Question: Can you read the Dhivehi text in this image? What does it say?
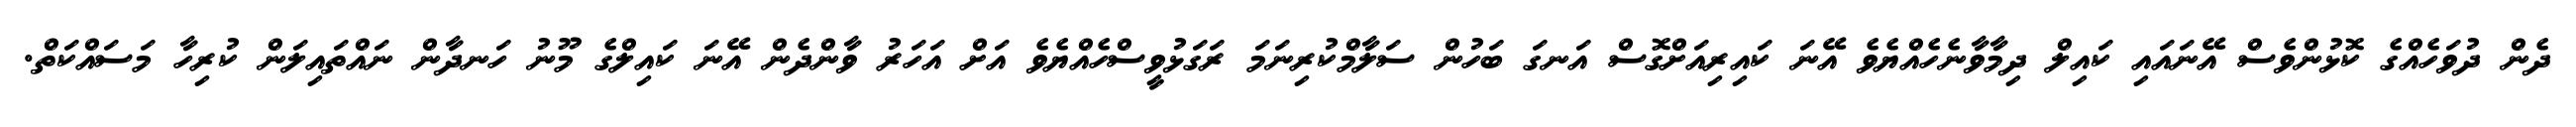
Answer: ދެން ދުވަހެއްގެ ކޮޅުންވެސް އޭނައައި ކައިލް ދިމާވާނެހެއްޔެވެ އޭނަ ކައިރިއަށްގޮސް އަނގަ ބަހުން ސަލާމްކުރިނަމަ ރަގަޅުވީސްހެއްޔެވެ އަށް އަހަރު ވާންދެން އޭނަ ކައިލްގެ މޫނު ހަނދާން ނައްތައިލަން ކުރިހާ މަސައްކަތް.